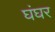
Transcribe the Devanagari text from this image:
घंघर